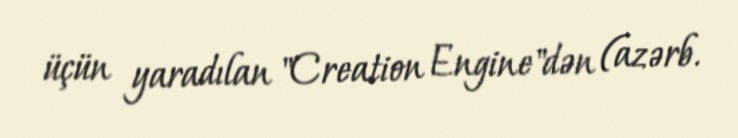
üçün yaradılan "Creation Engine"dən (azərb.